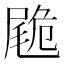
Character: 𡳀